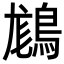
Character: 𪁪